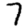
Digit: 7